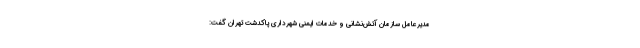
مدیرعامل سازمان آتش‌نشانی و خدمات ایمنی شهرداری پاکدشت تهران گفت: